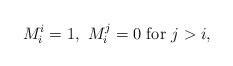
LaTeX: \begin{align*} M_i^i=1,\ M_i^{j}=0\ \mbox{for}\ j>i,\end{align*}